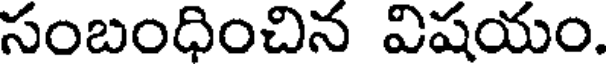
సంబంధించిన విషయం.